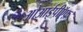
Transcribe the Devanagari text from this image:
ओआईपीऍफ़